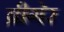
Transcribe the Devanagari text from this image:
ब्रीगेर